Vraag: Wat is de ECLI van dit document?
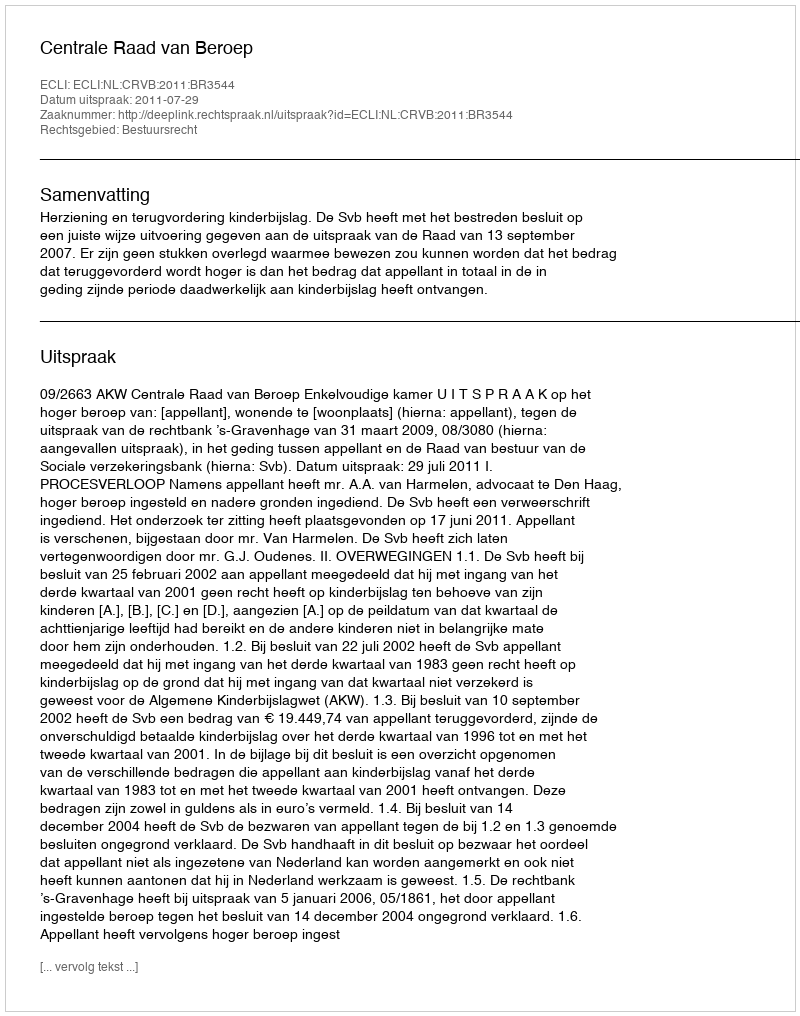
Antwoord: ECLI:NL:CRVB:2011:BR3544